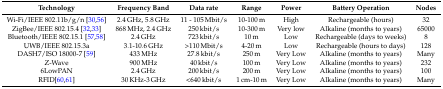
<table><thead><tr><td><b>Technology</b></td><td><b>Frequency Band</b></td><td><b>Data rate</b></td><td><b>Range</b></td><td><b>Power</b></td><td><b>Battery Operation</b></td><td><b>Nodes</b></td></tr></thead><tbody><tr><td>Wi-Fi/IEEE 802.11b/g/n [30,56]</td><td>2.4 GHz, 5.8 GHz</td><td>11 - 105 Mbit/s</td><td>10-100 m</td><td>High</td><td>Rechargeable (hours)</td><td>32</td></tr><tr><td>ZigBee/IEEE 802.15.4 [32,33]</td><td>868 MHz, 2.4 GHz</td><td>250 kbit/s</td><td>10-300 m</td><td>Very low</td><td>Alkaline (months to years)</td><td>65000</td></tr><tr><td>Bluetooth/IEEE 802.15.1 [57,58]</td><td>2.4 GHz</td><td>723 kbit/s</td><td>10 m</td><td>Low</td><td>Rechargeable (days to weeks)</td><td>8</td></tr><tr><td>UWB/IEEE 802.15.3a</td><td>3.1-10.6 GHz</td><td>&gt;110 Mbit/s</td><td>4-20 m</td><td>Low</td><td>Rechargeable (hours to days)</td><td>128</td></tr><tr><td>DASH7/ISO 18000-7 [59]</td><td>433 MHz</td><td>27.8 kbit/s</td><td>250 m</td><td>Very Low</td><td>Alkaline (months to years)</td><td>Many</td></tr><tr><td>Z-Wave</td><td>900 MHz</td><td>40 kbit/s</td><td>100 m</td><td>Very Low</td><td>Alkaline (months to years)</td><td>232</td></tr><tr><td>6LowPAN</td><td>2.4 GHz</td><td>200 kbit/s</td><td>200 m</td><td>Very Low</td><td>Alkaline (months to years)</td><td>100</td></tr><tr><td>RFID [60,61]</td><td>30 KHz-3 GHz</td><td>&lt;640 kbit/s</td><td>1 cm-10 m</td><td>Very Low</td><td>Alkaline (months to years)</td><td>Many</td></tr></tbody></table>